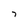
Character: 7